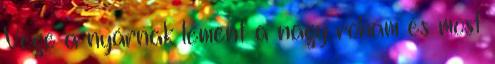
Vége a nyárnak lement a nagy roham és most